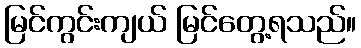
မြင်ကွင်းကျယ် မြင်တွေ့ရသည်။